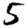
Digit: 5